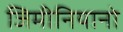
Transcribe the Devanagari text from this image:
जिमीनियानो